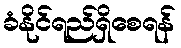
ခံနိုင်ရည်ရှိစေရန်